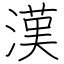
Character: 漢